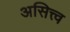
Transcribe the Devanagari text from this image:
असित्त्व